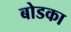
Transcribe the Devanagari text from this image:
बोडका